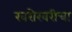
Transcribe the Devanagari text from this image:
खरोखरीचा